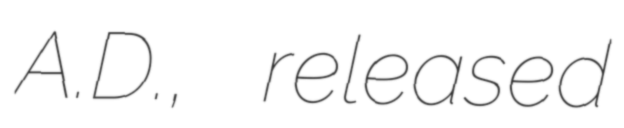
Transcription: A.D., released